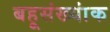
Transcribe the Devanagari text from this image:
बहूसंख्यांक